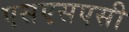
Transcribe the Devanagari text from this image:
एसएसएसी